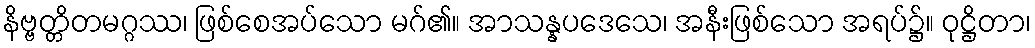
နိဗ္ဗတ္တိတမဂ္ဂဿ၊ ဖြစ်စေအပ်သော မဂ်၏။ အာသန္နပဒေသေ၊ အနီးဖြစ်သော အရပ်၌။ ဝုဋ္ဌိတာ၊